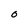
Character: O